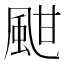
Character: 𩖺